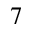
7